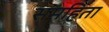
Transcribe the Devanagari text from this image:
समहिता